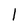
Character: 1